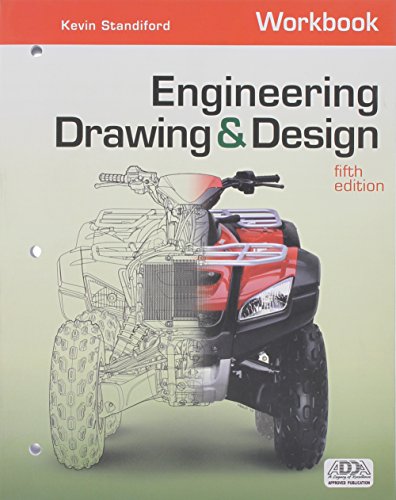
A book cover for Workbook for Madsen/Madsen's for Madsen's Engineering Drawing and Design, 5th; Kevin Standiford; Engineering & Transportation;